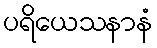
ပရိယေသနာနံ